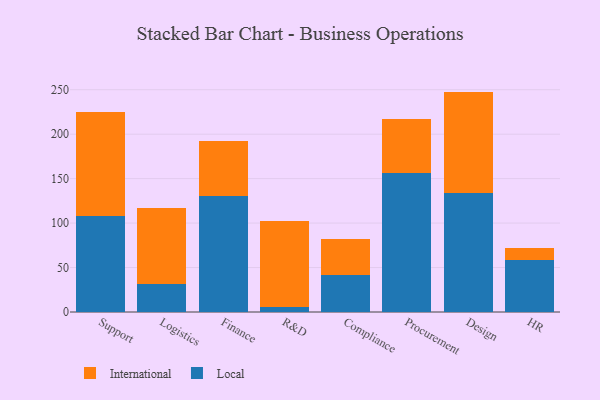
{"axis": {"x": "Department", "y": "Demand Index"}, "legend": ["International", "Local"], "data": [{"x": "Support", "y": 108.3, "type": "Local"}, {"x": "Support", "y": 116.5, "type": "International"}, {"x": "Logistics", "y": 31.2, "type": "Local"}, {"x": "Logistics", "y": 85.5, "type": "International"}, {"x": "Finance", "y": 130.6, "type": "Local"}, {"x": "Finance", "y": 61.8, "type": "International"}, {"x": "R&D", "y": 5.7, "type": "Local"}, {"x": "R&D", "y": 96.1, "type": "International"}, {"x": "Compliance", "y": 41.1, "type": "Local"}, {"x": "Compliance", "y": 41.4, "type": "International"}, {"x": "Procurement", "y": 156.5, "type": "Local"}, {"x": "Procurement", "y": 61.0, "type": "International"}, {"x": "Design", "y": 133.3, "type": "Local"}, {"x": "Design", "y": 114.6, "type": "International"}, {"x": "HR", "y": 58.2, "type": "Local"}, {"x": "HR", "y": 13.8, "type": "International"}]}